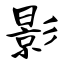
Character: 影